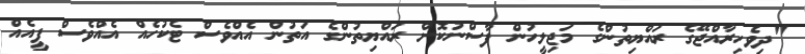
"ދިވެހިރާއްޖޭގެ ރައްޔިތުންގެ މަޖިލީހުން ފާސްނުކޮށް ރައްޔިތުންގެ އަތުން އެއްވެސް ޓެކުހެއް އެއްވެސް ފީއެއް